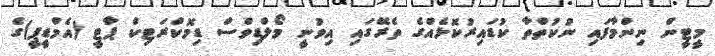
މީޓީން ނިންމާފައި ނުކުތްތާ ކުޑައިރުކޮޅެއްގެ ތެރޭގައި އިވުނީ މޯލްޑިވްސް ޑިމޮކްރަޓިކް ޕާޓީ (އެމްޑީޕީ)ގެ